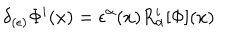
LaTeX: \delta _ { ( \epsilon ) } \Phi ^ { i } ( x ) = \epsilon ^ { \alpha } ( x ) R _ { \alpha } ^ { i } [ \Phi ] ( x )